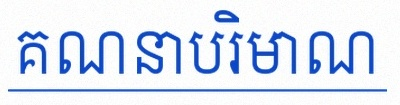
គណនាបរិមាណ